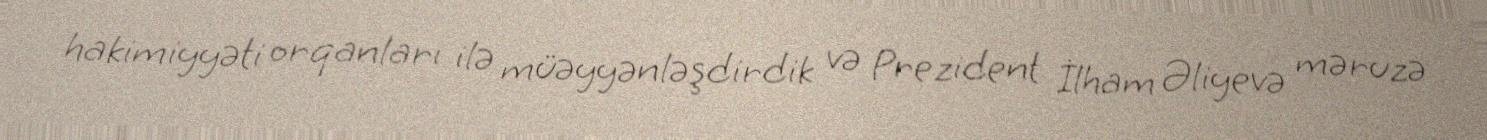
hakimiyyəti orqanları ilə müəyyənləşdirdik və Prezident İlham Əliyevə məruzə